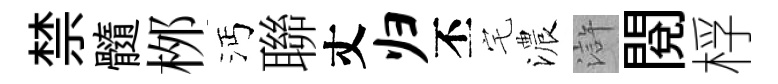
禁髓桞沔聯丈归丕宅濃滸閲桴